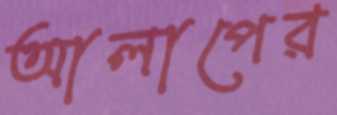
আলাপের